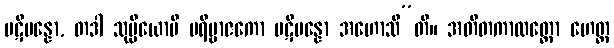
ပဋိပန္နော, တဒါ သုပ္ပိယောပိ ပရိဗ္ဗာဇကော ပဋိပန္နော အဟောသီ”တိ။ အတီတကာလတ္ထော ဟေတ္ထ